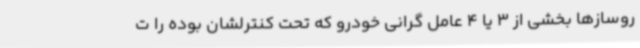
روسازها بخشی از 3 یا 4 عامل گرانی خودرو که تحت کنترلشان بوده را ت